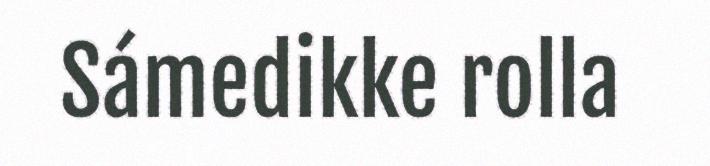
Sámedikke rolla